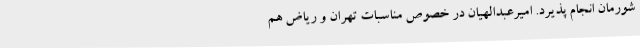
شورمان انجام پذیرد. امیرعبدالهیان در خصوص مناسبات تهران و ریاض هم